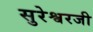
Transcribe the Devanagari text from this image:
सुरेश्वरजी